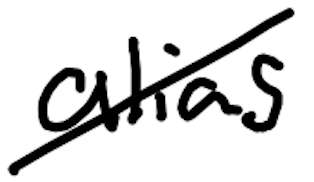
Text: alias
Cross-out: diagonal
Writing tool: digital_black